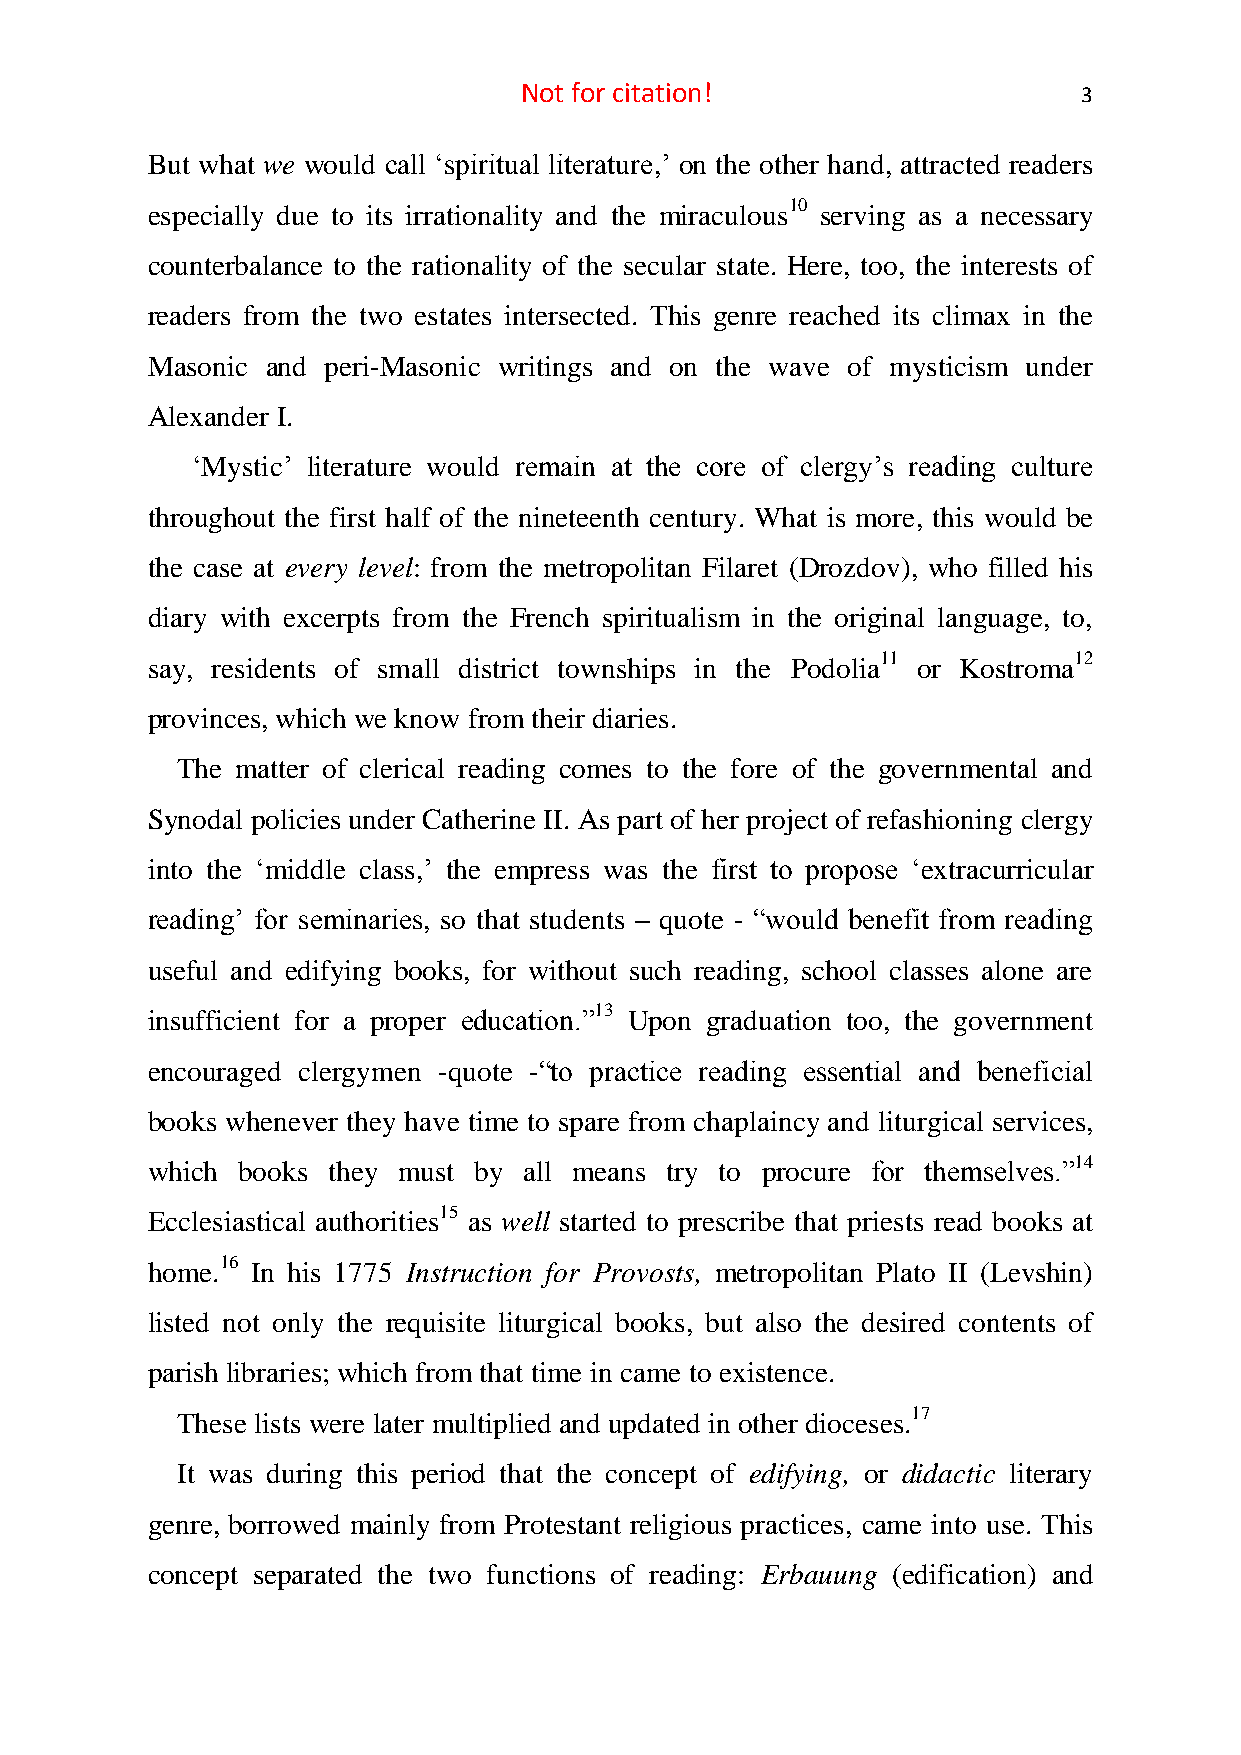
Not for citation!                     3
 But what we would call ‘spiritual literature,’ on the other hand, attracted readers
 especially due to its irrationality and the miraculous10 serving as a necessary
 counterbalance to the rationality of the secular state. Here, too, the interests of
 readers from the two estates intersected. This genre reached its climax in the
 Masonic and peri-Masonic writings and on the wave of mysticism under
 Alexander I.
 ‘Mystic’ literature would remain at the core of clergy’s reading culture
 throughout the first half of the nineteenth century. What is more, this would be
 the case at every level: from the metropolitan Filaret (Drozdov), who filled his
 diary with excerpts from the French spiritualism in the original language, to,
 say, residents of small district townships in the Podolia11 or Kostroma12
 provinces, which we know from their diaries.
 The matter of clerical reading comes to the fore of the governmental and
 Synodal policies under Catherine II. As part of her project of refashioning clergy
 into the ‘middle class,’ the empress was the first to propose ‘extracurricular
 reading’ for seminaries, so that students – quote - “would benefit from reading
 useful and edifying books, for without such reading, school classes alone are
 insufficient for a proper education.”13 Upon graduation too, the government
 encouraged clergymen -quote -“to practice reading essential and beneficial
 books whenever they have time to spare from chaplaincy and liturgical services,
 which books they must by all means try to procure for themselves.”14
 Ecclesiastical authorities15 as well started to prescribe that priests read books at
 home.16 In his 1775 Instruction for Provosts, metropolitan Plato II (Levshin)
 listed not only the requisite liturgical books, but also the desired contents of
 parish libraries; which from that time in came to existence.
 These lists were later multiplied and updated in other dioceses.17
 It was during this period that the concept of edifying, or didactic literary
 genre, borrowed mainly from Protestant religious practices, came into use. This
 concept separated the two functions of reading: Erbauung (edification) and